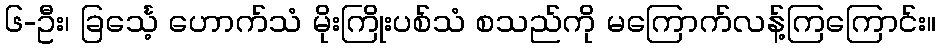
၆-ဦး၊ ခြင်္သေ့ ဟောက်သံ မိုးကြိုးပစ်သံ စသည်ကို မကြောက်လန့်ကြကြောင်း။